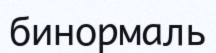
бинормаль